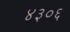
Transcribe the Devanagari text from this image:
४३०६